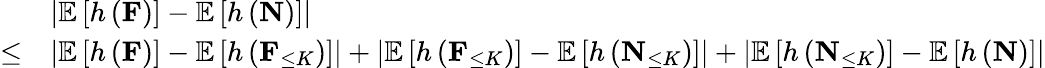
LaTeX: \begin{array}{rl}&{\left|\mathbb{E}\left[h\left(\mathbf{F}\right)\right]-\mathbb{E}\left[h\left(\mathbf{N}\right)\right]\right|}\\ {\leq}&{\left|\mathbb{E}\left[h\left(\mathbf{F}\right)\right]-\mathbb{E}\left[h\left(\mathbf{F}_{\leq K}\right)\right]\right|+\left|\mathbb{E}\left[h\left(\mathbf{F}_{\leq K}\right)\right]-\mathbb{E}\left[h\left(\mathbf{N}_{\leq K}\right)\right]\right|+\left|\mathbb{E}\left[h\left(\mathbf{N}_{\leq K}\right)\right]-\mathbb{E}\left[h\left(\mathbf{N}\right)\right]\right|}\end{array}